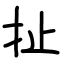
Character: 扯